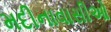
મદીનાવાસીઓ